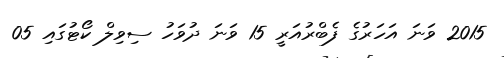
2015 ވަނަ އަހަރުގެ ފެބްރުއަރީ 15 ވަނަ ދުވަހު ސިވިލް ކޯޓުގައި 05